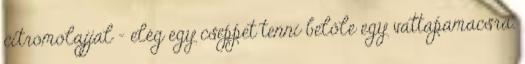
citromolajjal - elég egy cseppet tenni belőle egy vattapamacsra.